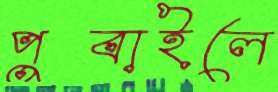
পুবাইলে